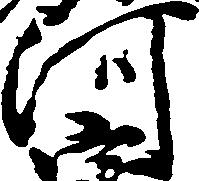
河